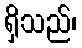
ရှိသည်၊